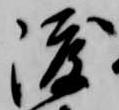
渡